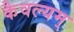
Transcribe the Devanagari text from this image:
कैवल्यम्